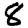
Digit: 8